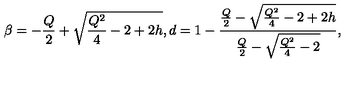
\beta = - \frac { Q } { 2 } + \sqrt { \frac { Q ^ { 2 } } { 4 } - 2 + 2 h } , d = 1 - \frac { \frac { Q } { 2 } - \sqrt { \frac { Q ^ { 2 } } { 4 } - 2 + 2 h } } { \frac { Q } { 2 } - \sqrt { \frac { Q ^ { 2 } } { 4 } - 2 } } ,